Lunatic asylums Central Provinces reports 1895-1909 - 1895-1909
Year: 1895
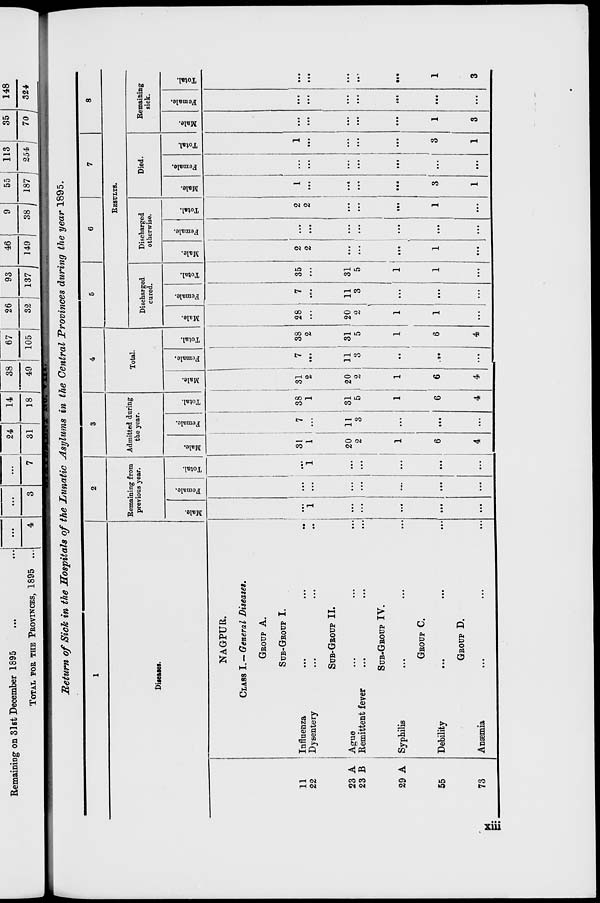
STATEMENT No. VIII.
Return of Sick in the Hospitals of the Lunatic Asylums in the Central Provinces during the year 1895.
1
Diseases.
11
22
23 A
23 B
29 A
55
73
NAGPUR.
CLASS I.— General Diseases.
GROUP A.
SUB-GROUP I.
Influenza ... ... ...
Dysentery ... ... ...
SUB-GROUP II.
Ague
...
...
...
Remittent fever ... ... ...
SUB-GROUP IV.
Syphilis ... ... ...
GROUP C.
Debility ... ... ...
GROUP D.
Anæmia ... ... ...
2
Remaining from
previous year.
Male.
...
1
...
...
...
...
...
Female.
...
...
...
...
...
...
...
Total.
...
1
...
...
...
...
...
3
Admitted during
the year.
Male.
31
1
20
2
1
6
4
Female.
7
...
11
3
...
...
...
Total.
38
1
31
5
1
6
4
4
Total.
Male.
31
2
20
2
1
6
4
Female.
7
...
11
3
...
...
...
Total.
38
2
31
5
1
6
4
5
6
7
8
RESULTS.
Discharged
cured.
Male.
28
...
20
2
1
1
...
Female.
7
...
11
3
...
...
...
Total.
35
...
31
5
1
1
...
Discharged
otherwise.
Male.
2
2
...
...
...
1
...
Female.
...
...
...
...
...
...
...
Total.
2
2
...
...
...
1
...
Died.
Male.
1
...
...
...
...
3
1
Female.
...
...
...
...
...
...
...
Total.
1
...
...
...
...
3
1
Remaining
sick.
Male.
...
...
...
...
...
1
3
Female.
...
...
...
...
...
...
...
Total.
...
...
...
...
...
1
3
xiii